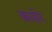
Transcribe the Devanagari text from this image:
काज़ोर